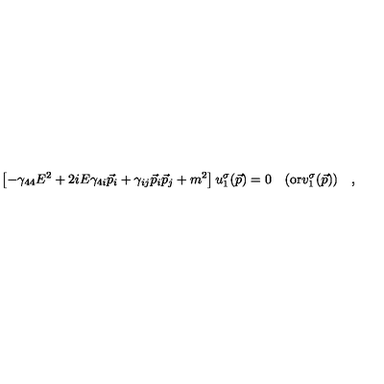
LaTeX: \left[ - \gamma _ { 4 4 } E ^ { 2 } + 2 i E \gamma _ { 4 i } \vec { p } _ { i } + \gamma _ { i j } \vec { p } _ { i } \vec { p } _ { j } + m ^ { 2 } \right] u _ { 1 } ^ { \sigma } ( \vec { p } ) = 0 \quad ( \mathrm { o r } v _ { 1 } ^ { \sigma } ( \vec { p } ) ) \quad ,